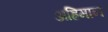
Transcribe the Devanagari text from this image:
अह्रिमान